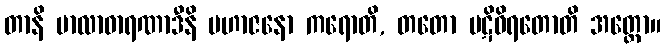
တာနိ မာလာဓာရဏာဒီနိ မဟာဇနော ကရောတိ, တတော ပဋိဝိရတောတိ အတ္ထော။